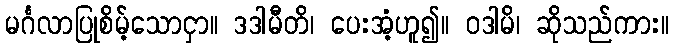
မင်္ဂလာပြုစိမ့်သောငှာ။ ဒဒါမီတိ၊ ပေးအံ့ဟူ၍။ ဝဒါမိ၊ ဆိုသည်ကား။